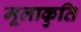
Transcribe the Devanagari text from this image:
मूलाकृति